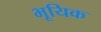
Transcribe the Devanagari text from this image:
भूयिक